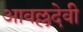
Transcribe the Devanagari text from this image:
आवल्लदेवी